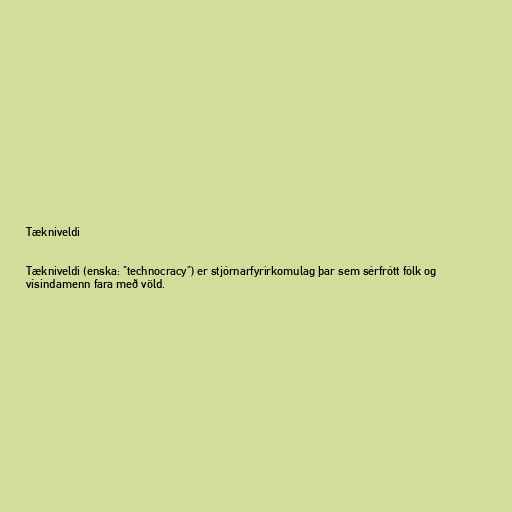
Tækniveldi

Tækniveldi (enska: "technocracy") er stjórnarfyrirkomulag þar sem sérfrótt fólk og
vísindamenn fara með völd.